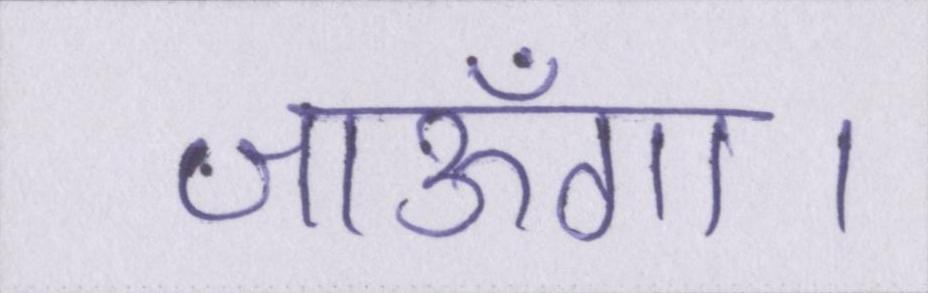
जाऊँगा।